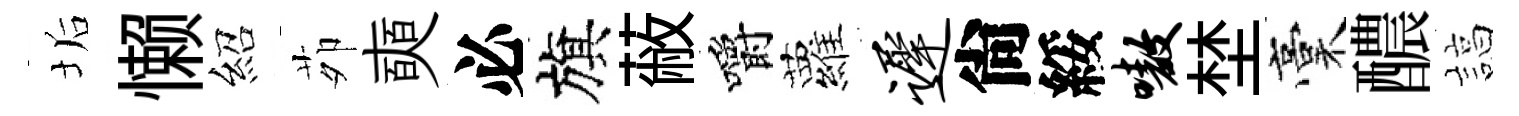
垢懒紹茆奭必旗蔽嚼蘿迟尙綏嗷埜稾醲諄